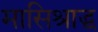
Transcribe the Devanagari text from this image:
मासिश्राद्ध